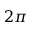
2 \pi